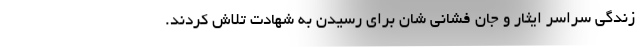
زندگی سراسر ایثار و جان فشانی شان برای رسیدن به شهادت تلاش کردند.